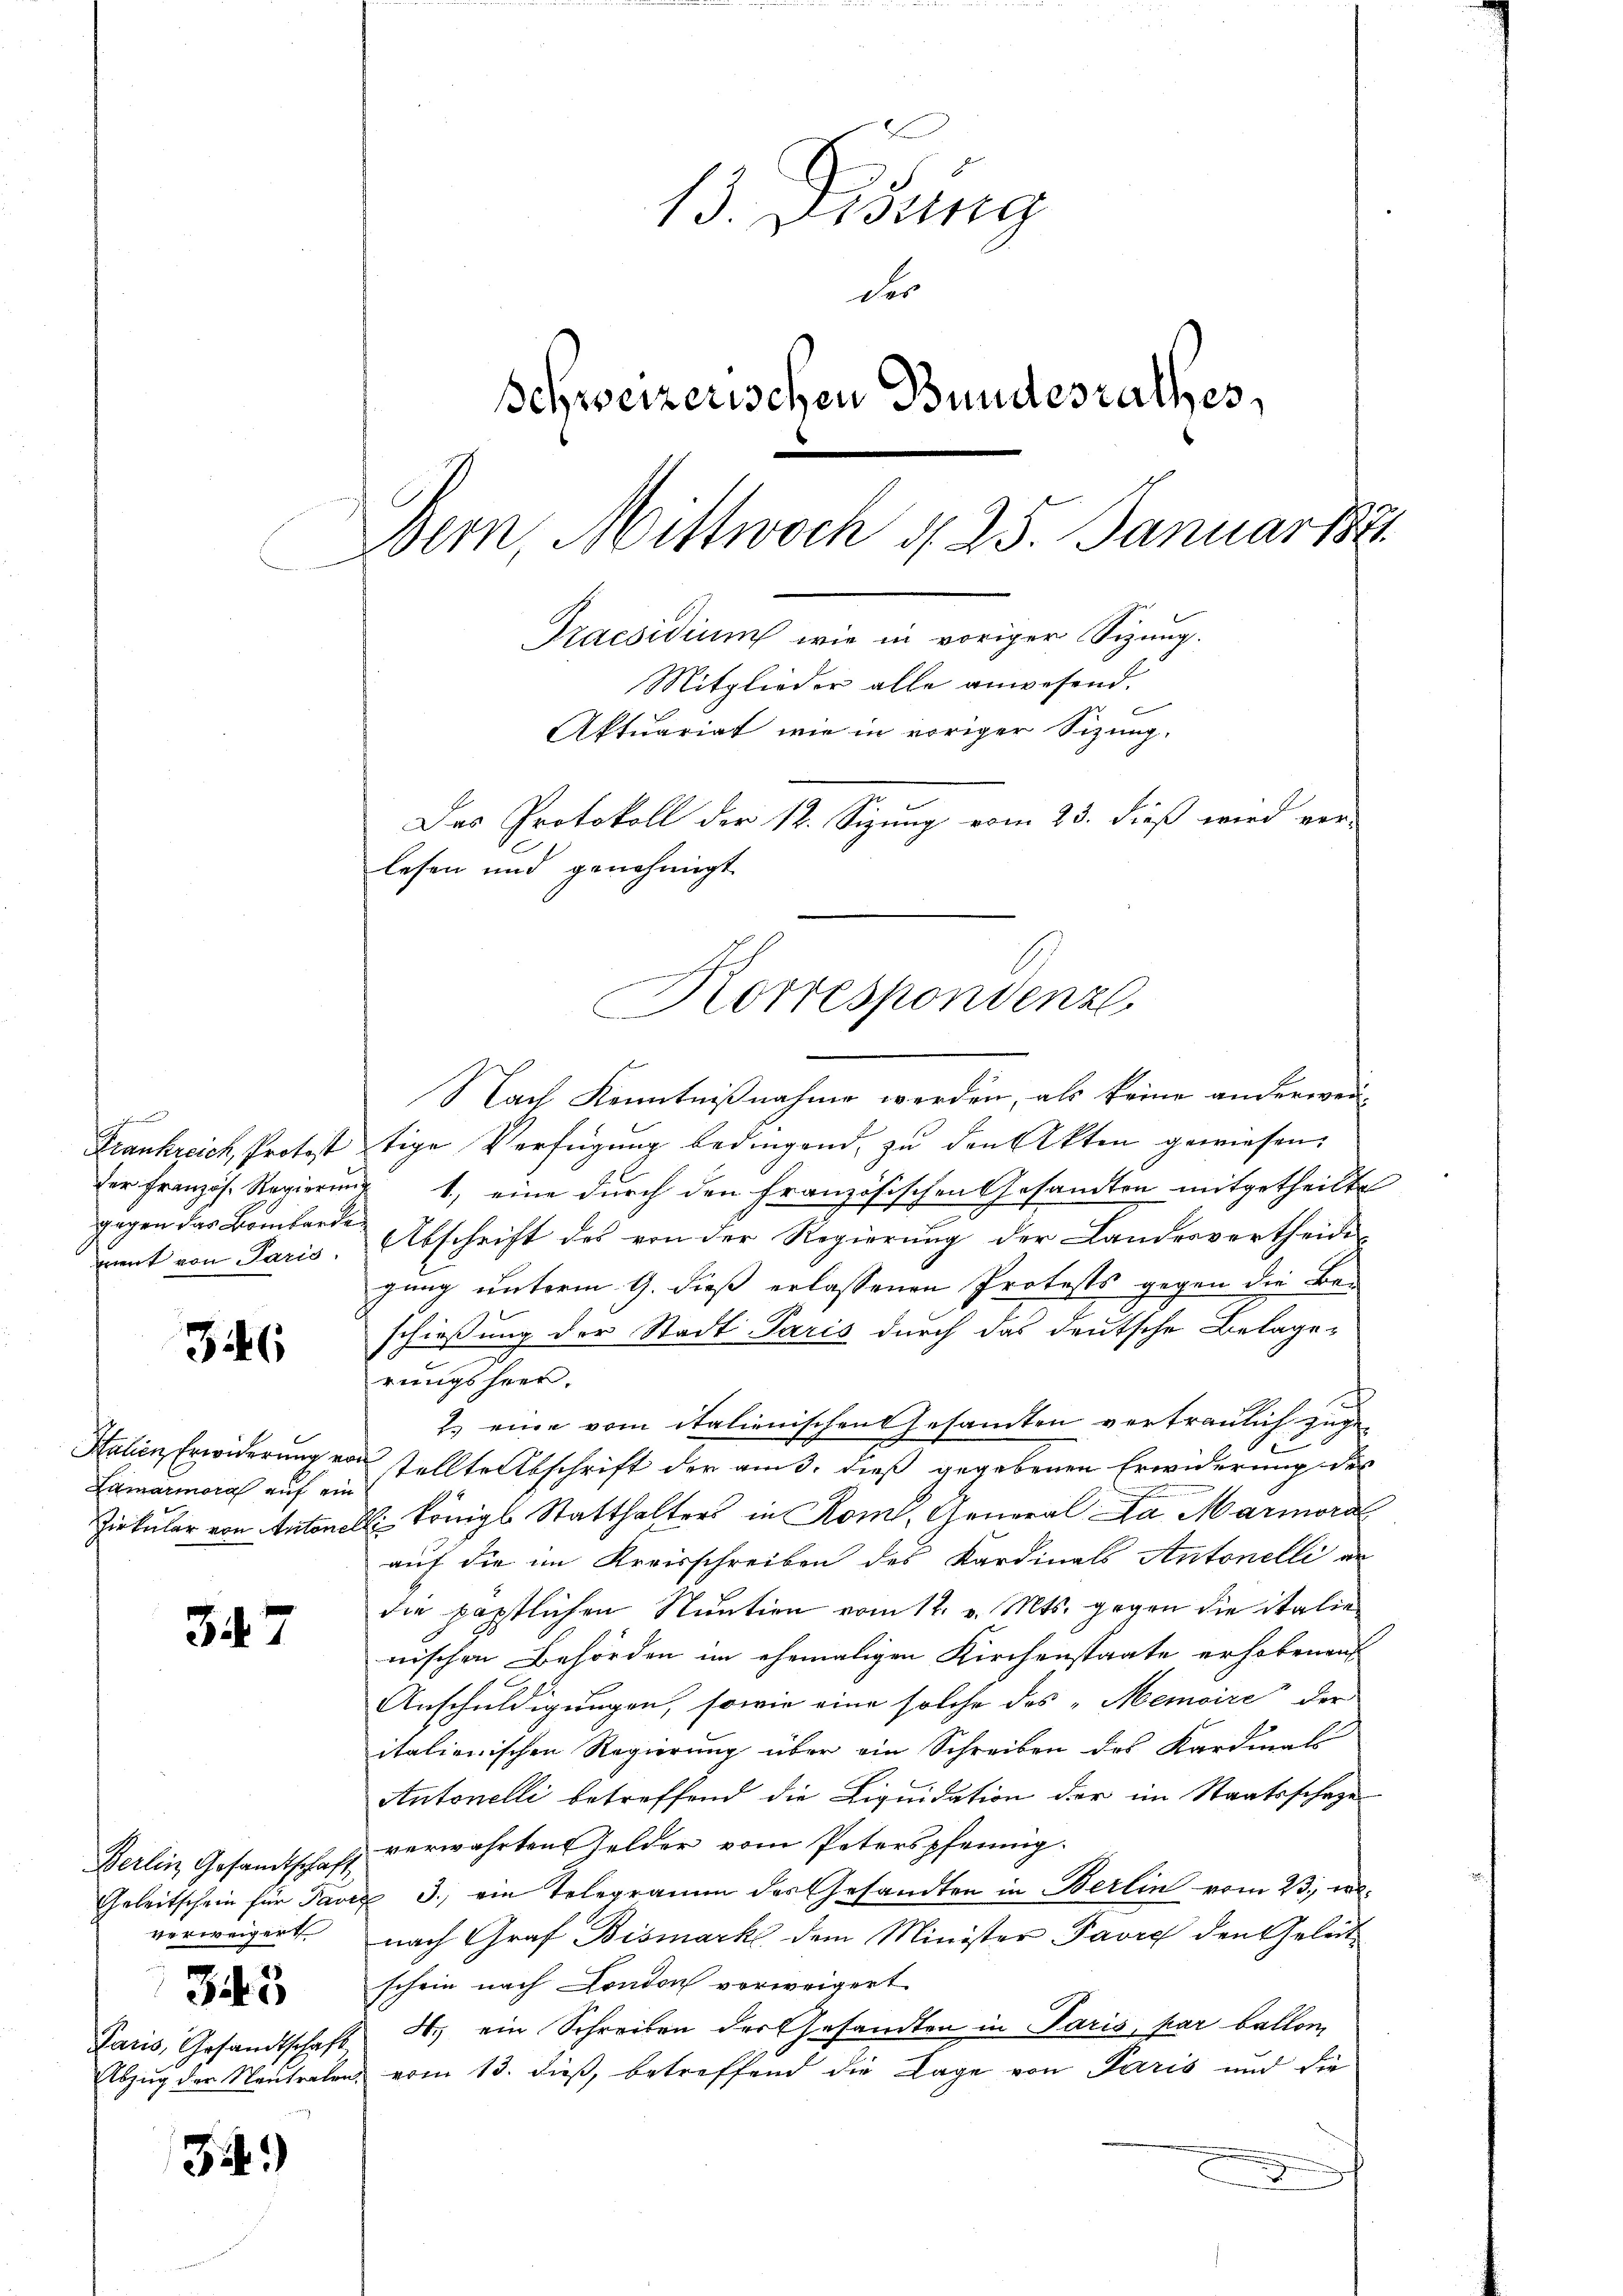
ment von Paris.

346

Lamarmoral auf ein

347

verweigert
345
Paris, Gesandtschaft

34.)

13. Didung
der
Schweizerischen Bundesrathes,
Bern, Mittwoch d. 25. Januar 188
e
Praesidium wie in voriger Sizung.
Mitglieder alle anwesend.
Aktuariat wie in voriger Sizung.
Das Protokoll der 12. Sizung vom 23. dieß wird ver-
lesen und genehmigt

Korrespondenz

Nach Kenntnißnahme werden, als keine anderwei
Frankreich, Protest tige Verfügung bedingend, zu den Akten gewiesen,
der Französ. Regierung 1, eine durch den französischen Gesandten mitgetheilte
gegen das Bombarden Abschrift des von der Regierung der Landesvertheide
gung unterm 9. dieß erlassenen Protests gegen die Beschießung der Stadt Paris durch das deutsche Belage-
rungsheer.
ch
2.) eine vom italienischen Gesamten vertraulich zuge¬
1
Salien Erwiderung von stellte Abschrift der am 3. dieß gegebenen Erwiderung des
Zirkular von Antonell Königl. Statthalters in Rom, General Da Marmord
auf die im Kreisschreiben des Kardinals Antonelli an
die päpstlichen Stuation vom 12. v. Mts. gegen die italie
nischen Behörden im ehemaligen Kirchenstaate erhobenen
Anschuldigungen, sowie eine solche des „Memoire der
italienischen Regierung über ein Schreiben des Kardinal
Antonelli betreffend die Liquidation der im Staatsschage
Berlin Gesamtschaft verwahrten Gelder vom Peterspfennig
Geleitschein für Pavix 3., ein Telegramm des Gesandten in Berlin vom 23. v.
nach Graf Bismark dem Minister Pavre den Geleitschein nach London vorweigert.
4. ein Schreiben der Gesandten in Paris, par ballom
Abzug der Neutralen, vom 13. dieß, betreffend die Lage von Paris und die